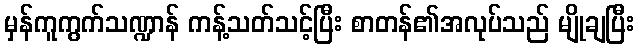
မှန်ကူကွက်သဏ္ဍာန် ကန့်သတ်သင့်ပြီး စာတန်၏အလုပ်သည် မျိုချပြီး